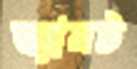
ভ্যানট